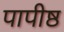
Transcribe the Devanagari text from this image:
पापीष्ठ